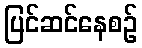
ပြင်ဆင်နေစဉ်